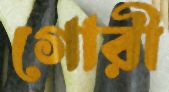
গোরী